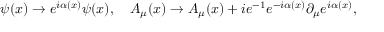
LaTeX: \psi ( x ) \to e ^ { i \alpha ( x ) } \psi ( x ) , \quad A _ { \mu } ( x ) \to A _ { \mu } ( x ) + i e ^ { - 1 } e ^ { - i \alpha ( x ) } \partial _ { \mu } e ^ { i \alpha ( x ) } ,